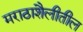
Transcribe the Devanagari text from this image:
मराठाशैलीतील